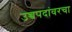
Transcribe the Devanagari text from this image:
उच्चपदांवरचा